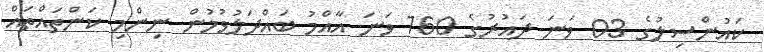
ކައުންސިލުގެ 03 ވަނަ ދައުރުގެ 160 ވަނަ އާއްމު ބައްދަލުވުމުން ނިންމި ކަންތައްތައް